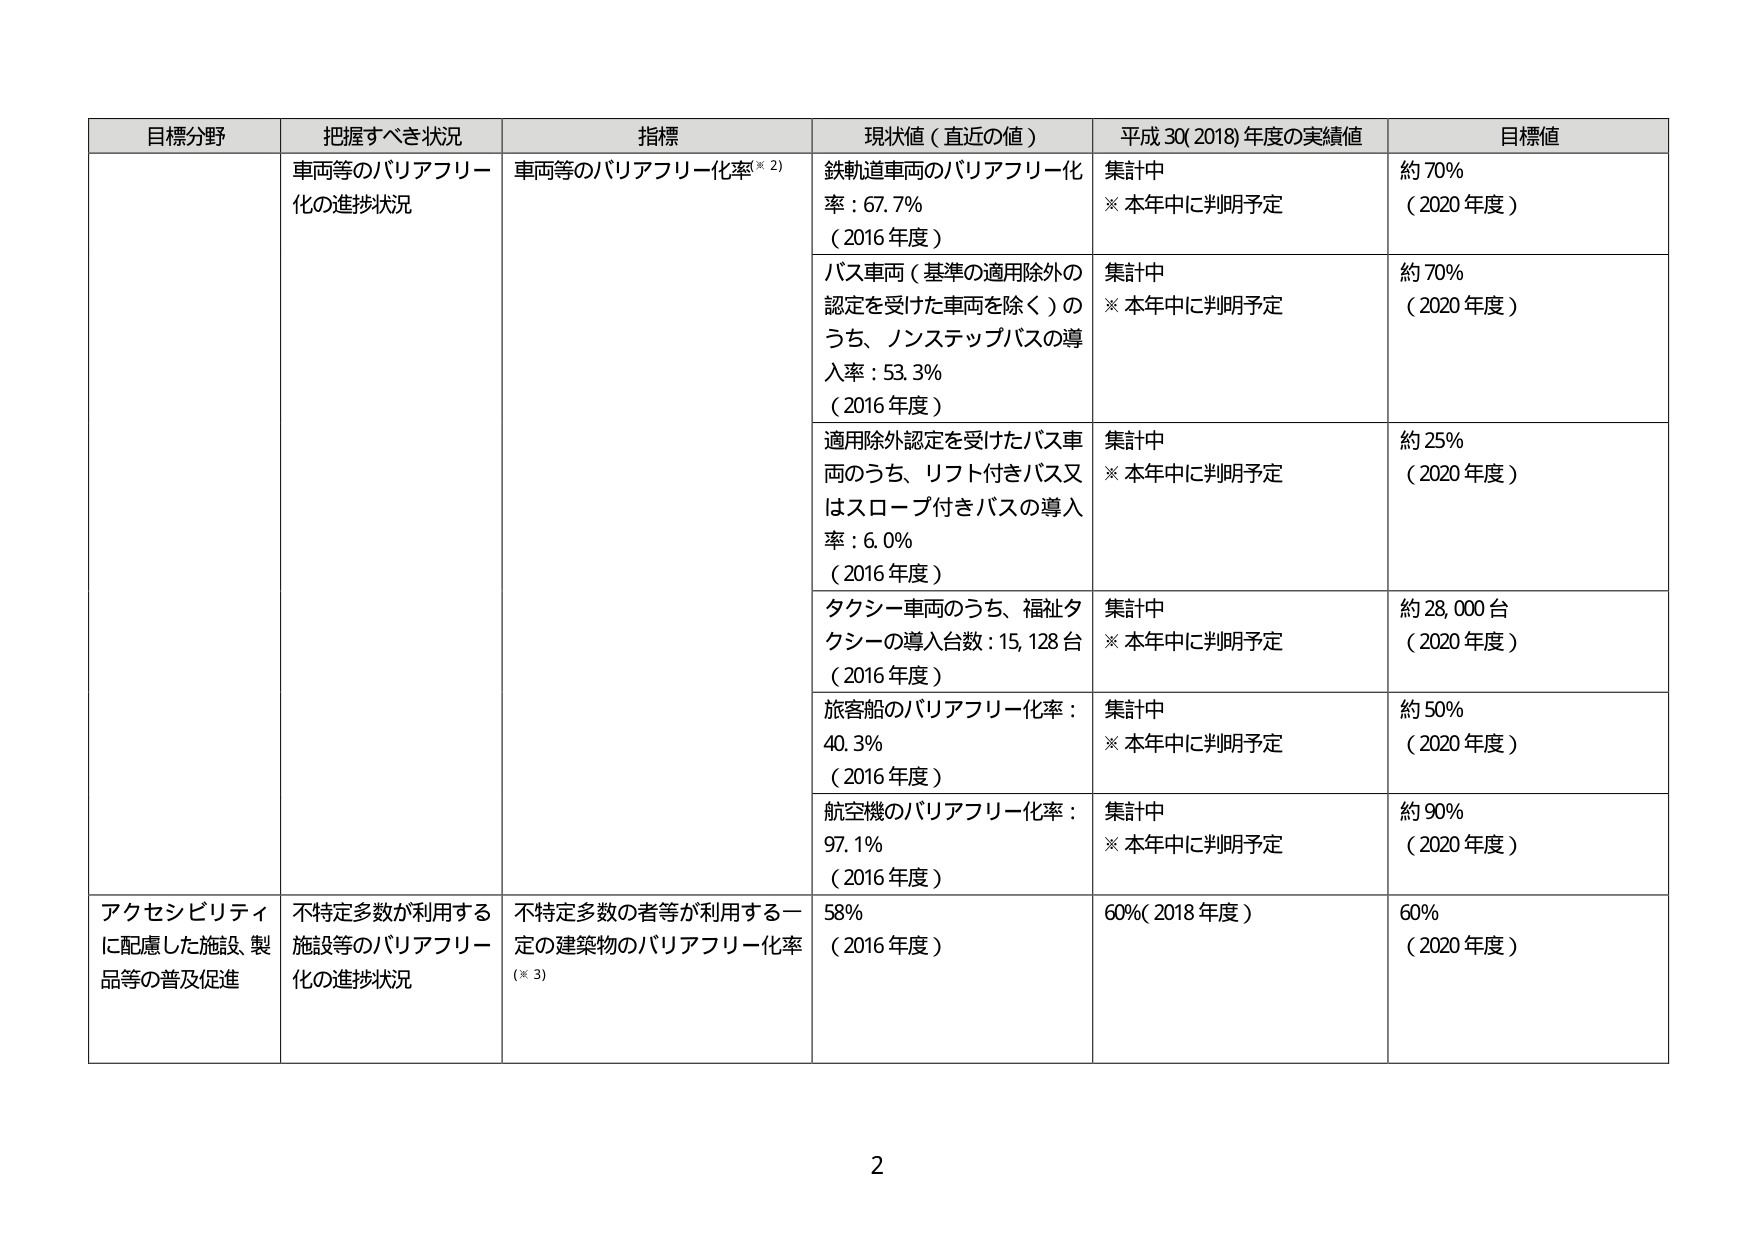
目標分野　把握すべき状況　指標　現状値（直近の値）　平成30(2018)年度の実績値　目標値

車両等のバリアフリー化の進捗状況　車両等のバリアフリー化率（※2）　鉄軌道車両のバリアフリー化率：67.7%（2016年度）　集計中　※本年中に判明予定　約70%（2020年度）

バス車両（基準の適用除外の認定を受けた車両を除く）のうち、ノンステップバスの導入率：53.3%（2016年度）　集計中　※本年中に判明予定　約70%（2020年度）

適用除外認定を受けたバス車両のうち、リフト付きバス又はスロープ付きバスの導入率：6.0%（2016年度）　集計中　※本年中に判明予定　約25%（2020年度）

タクシー車両のうち、福祉タクシーの導入台数：15,128台（2016年度）　集計中　※本年中に判明予定　約28,000台（2020年度）

旅客船のバリアフリー化率：40.3%（2016年度）　集計中　※本年中に判明予定　約50%（2020年度）

航空機のバリアフリー化率：97.1%（2016年度）　集計中　※本年中に判明予定　約90%（2020年度）

アクセシビリティに配慮した施設、製品等の普及促進　不特定多数が利用する施設等のバリアフリー化の進捗状況　不特定多数の者等が利用する一定の建築物のバリアフリー化率（※3）　58%（2016年度）　60%（2018年度）　60%（2020年度）

2